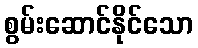
စွမ်းဆောင်နိုင်သော